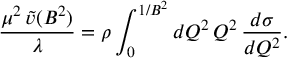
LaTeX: \frac { \mu ^ { 2 } \, \tilde { v } ( B ^ { 2 } ) } { \lambda } = \rho \int _ { 0 } ^ { 1 / B ^ { 2 } } d Q ^ { 2 } \, Q ^ { 2 } \, \frac { d \sigma } { d Q ^ { 2 } } .